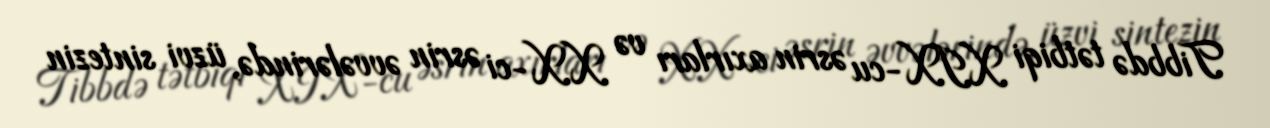
Tibbdə tətbiqi XIX-cu əsrin axırları və XX-ci əsrin əvvələrində, üzvi sintezin